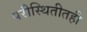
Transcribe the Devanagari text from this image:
परीस्थितीतही